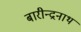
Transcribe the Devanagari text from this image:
बारीन्द्रनाथ